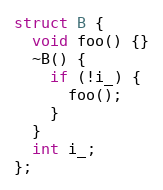
Language: C++
struct B {
  void foo() {}
  ~B() {
    if (!i_) {
      foo();
    }
  }
  int i_;
};